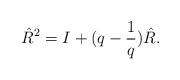
LaTeX: \begin{align*}\hat{R}^2 = I + (q-\frac{1}{q}) \hat{R}. \end{align*}